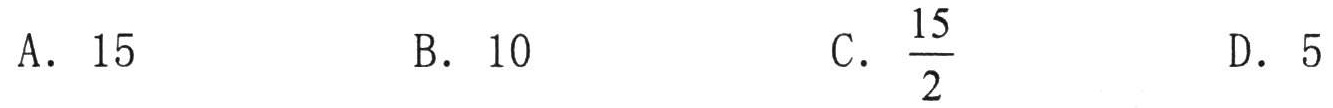
A. \(15\)
B. \(10\)
C. \(\frac{15}{2}\)
D. \(5\)